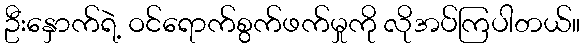
ဦးနှောက်ရဲ့ ဝင်ရောက်စွက်ဖက်မှုကို လိုအပ်ကြပါတယ်။